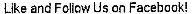
LIKE AND FOLIOW US ON FACEBOOK!